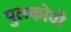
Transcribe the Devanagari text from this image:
पुलकोवो